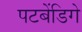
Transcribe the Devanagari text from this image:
पटबेंडिगे